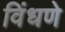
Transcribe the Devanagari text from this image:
विंधणे